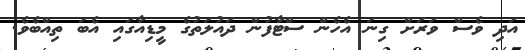
އަދި ވެސް ވަރަށް ގިނަ އެހެން ސްޓާފުން ދައުލަތުގެ މީޑިއާގައި އެބަ ތިއްބެވެ.